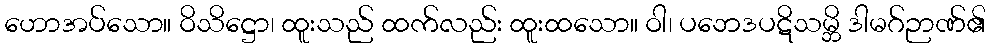
ဟောအပ်သော။ ဝိသိဋ္ဌော၊ ထူးသည် ထက်လည်း ထူးထသော။ ဝါ၊ ပဘေဒပဋိသမ္ဘိ ဒါမဂ်ဉာဏ်၏